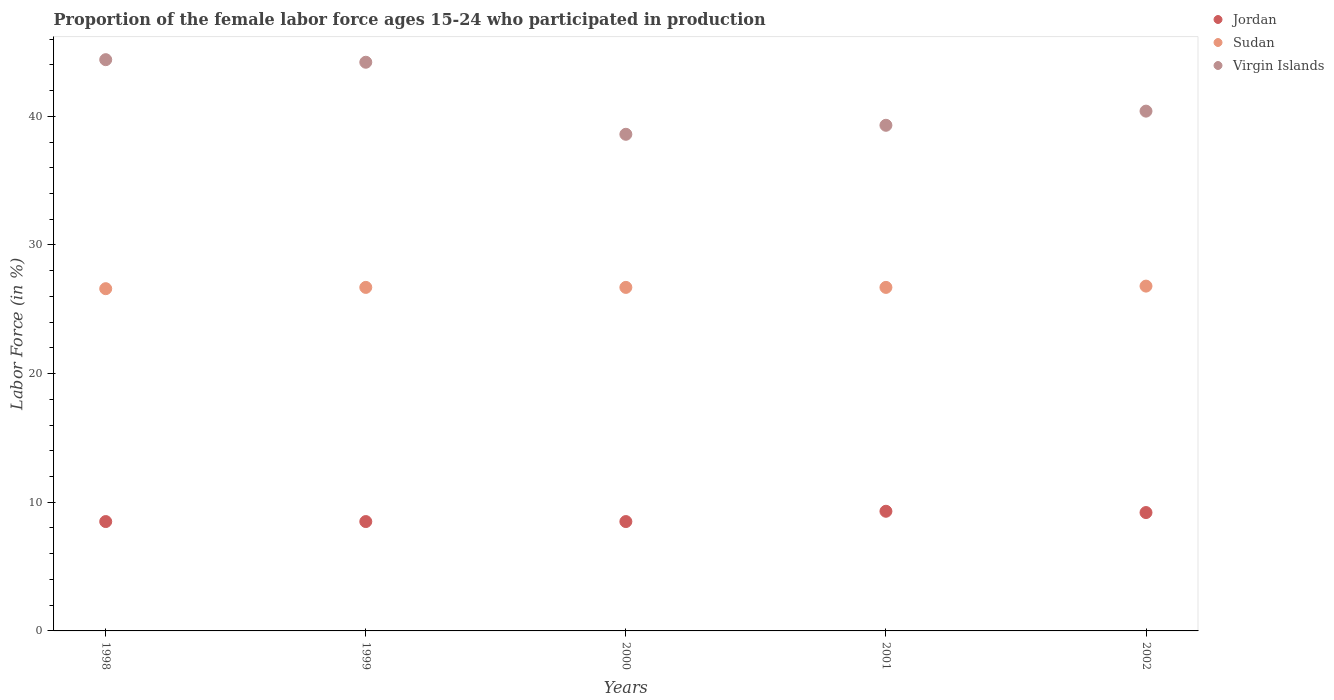
| Years | Jordan | Sudan | Virgin Islands |
 | --- | --- | --- | --- |
 | 1998 | 8.5 | 26.6 | 44.4 |
 | 1999 | 8.5 | 26.7 | 44.2 |
 | 2000 | 8.5 | 26.7 | 38.6 |
 | 2001 | 9.3 | 26.7 | 39.3 |
 | 2002 | 9.2 | 26.8 | 40.4 |